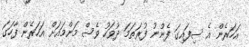
އަހަރެން އެ ސިފައިގަ ފެނުނު ފުރަތަމަ ދުވަހު ވެސް މަންމައަށް އަހަރެން ފާހަގަ